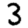
Digit: 3